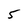
Character: 5